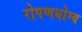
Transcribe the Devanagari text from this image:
रोपणयोग्य